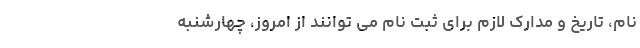
نام، تاریخ و مدارک لازم برای ثبت نام می توانند از امروز، چهارشنبه